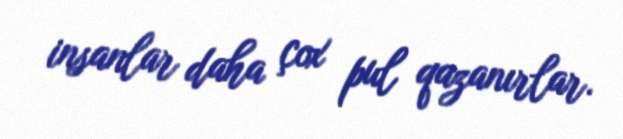
insanlar daha çox pul qazanırlar.